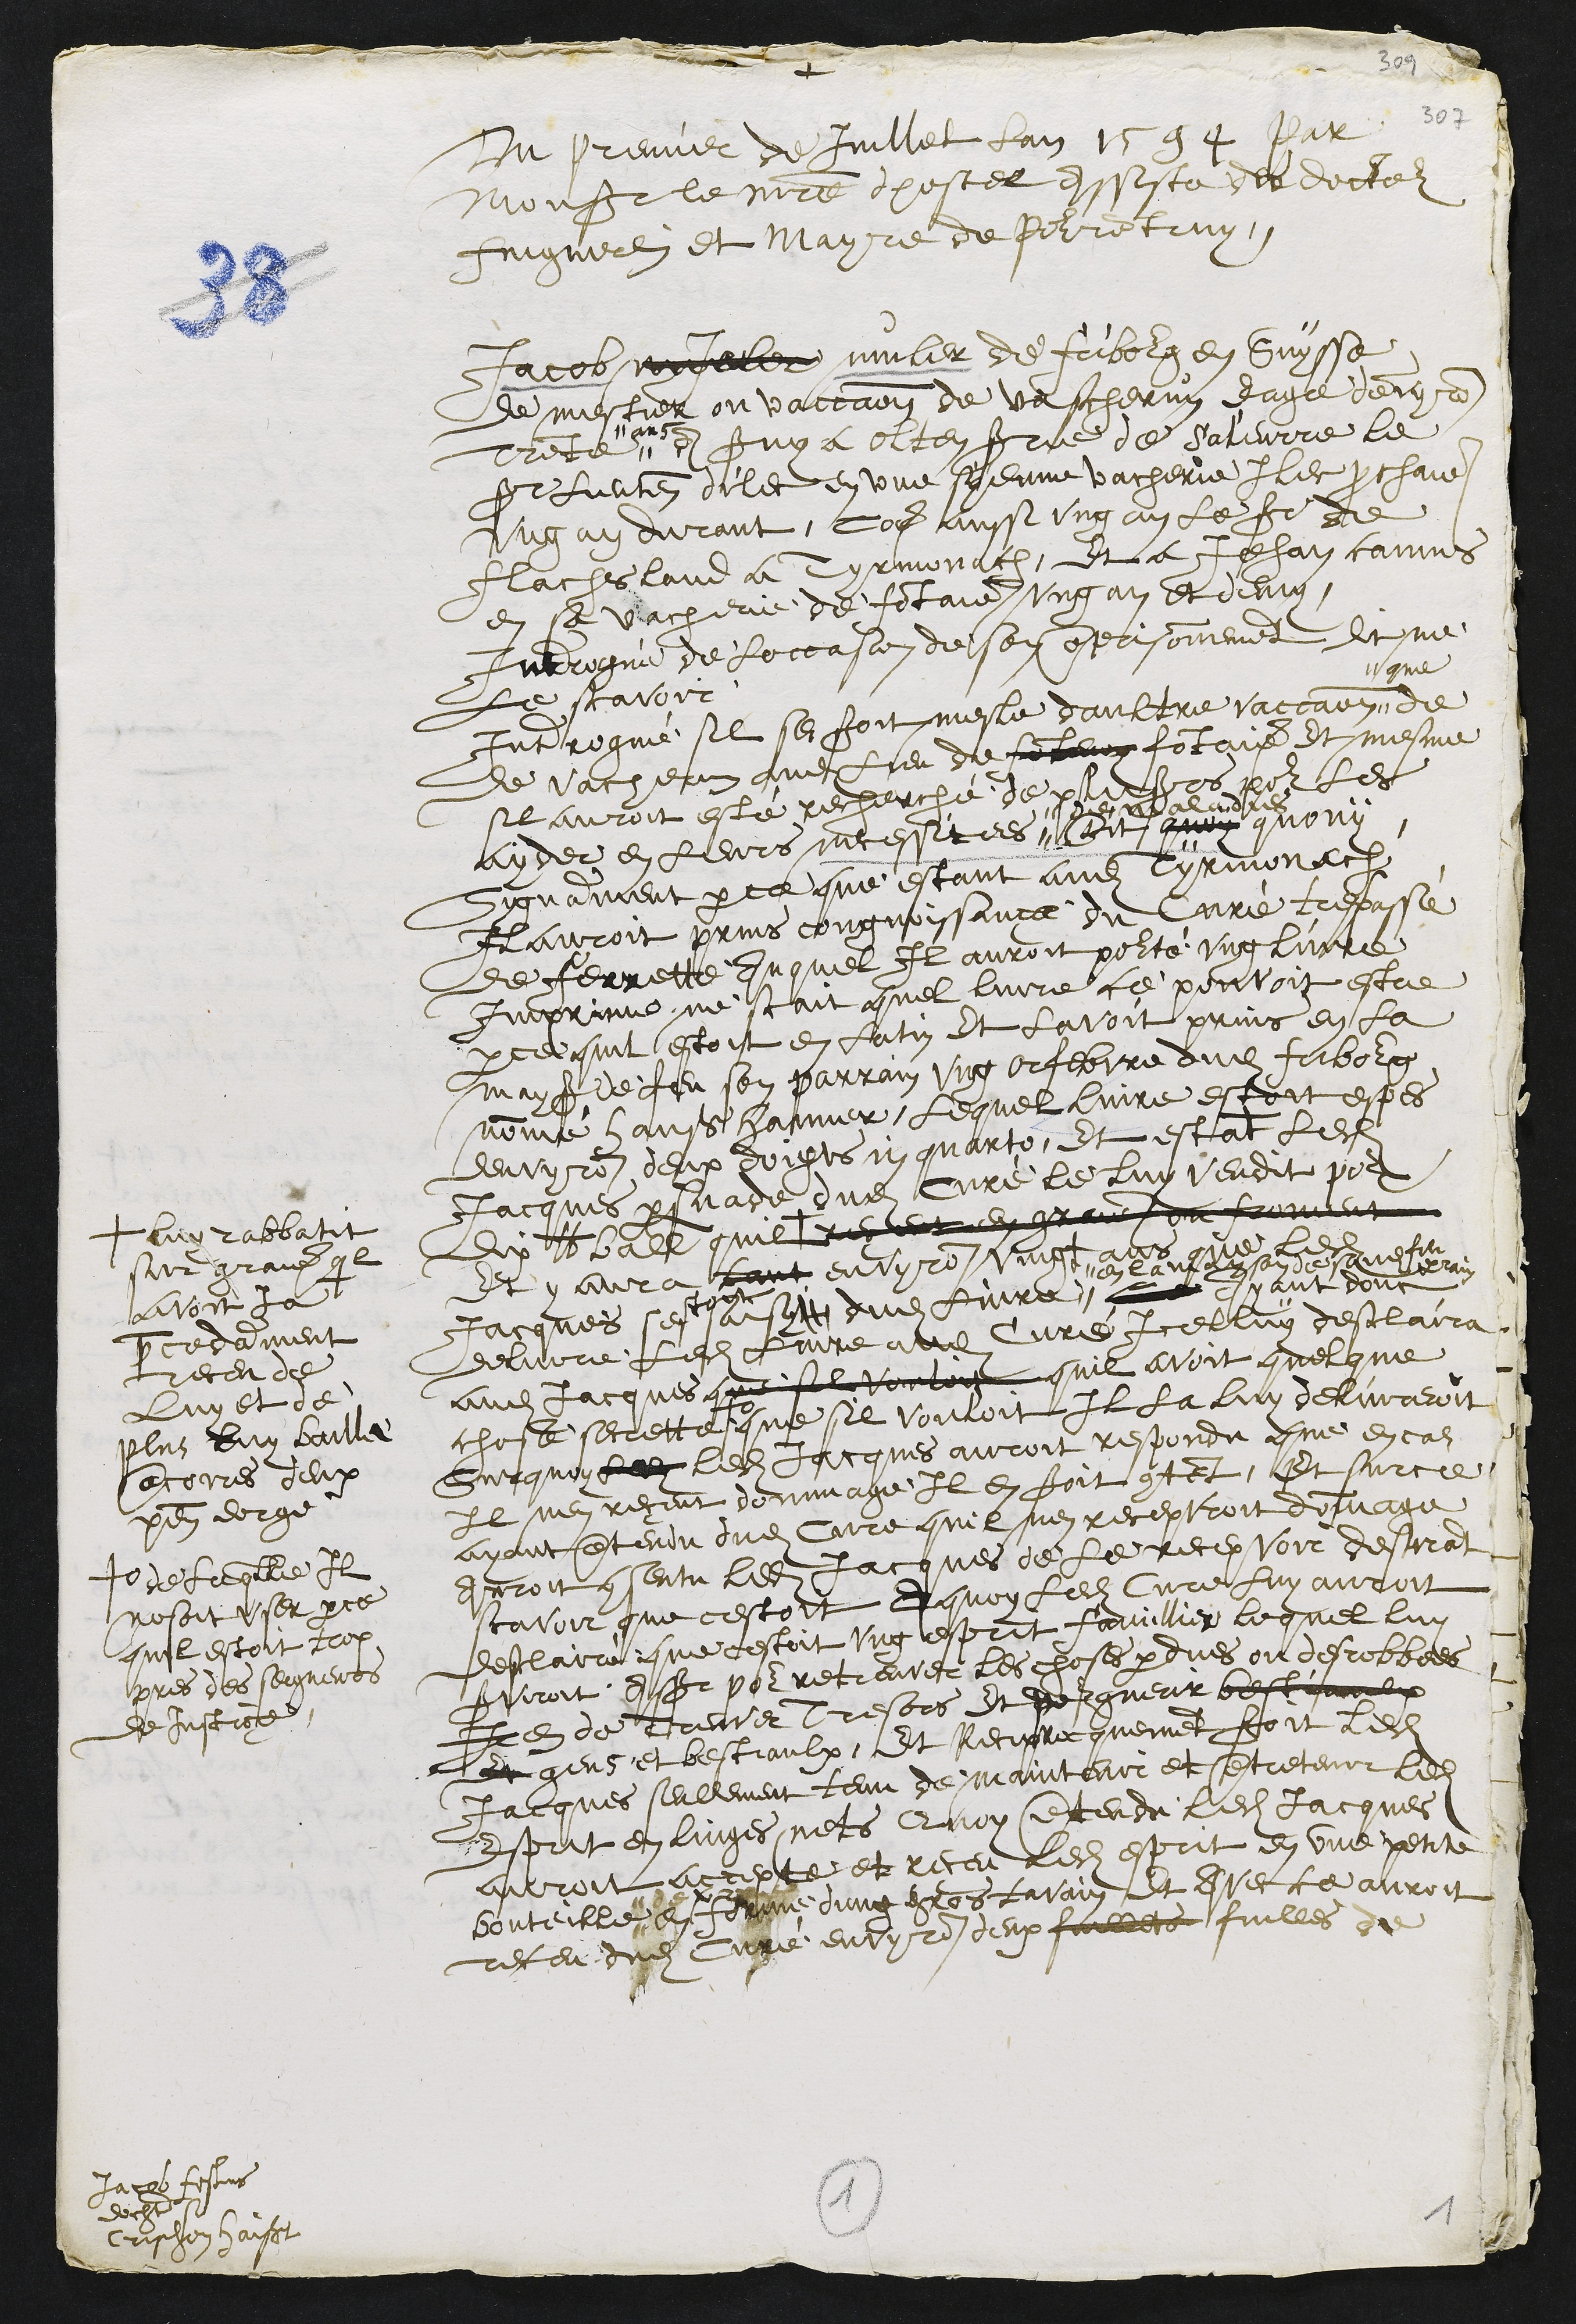
+
Du premier de Juillet lan 1594 par
Monsr le maistre dhostel assiste des docteur
Finguerlin et Mayre de Pourrentruy.
Jacob nyJeler muler de Fribourg en Suysse
de mestier ou vaccaon de vascherun eage denvyron
trente
ans
A servy a Olten srie de Soleurre le
sr lieutenant dilec en une syenne vacherie Ilec prochaine
ung an durant, come aussi ung an le sieur de
Flachsland a Tyrmonach, et a Jehan Camus
en sa vacherie de Fontaine ung an et demy,
Interrogué de Loccasion de son emprisonnement dit ne
le scavoir
Interrogué sil se seroit mesle daultre vaccaon
que
de
de Vacheron audit lieu de Fontenoy Fontaine et mesme
sil auroit esté recherché de plusieurs pour les
ayder en leurs necessitees
de maladies
Dit quoy quouy
Sygnamment parce que estant audit Tyrmonach
Il auroit prins congnoissance du Curé trespassé
de Ferrette Auquel Il auroit pourté ung livre
Imprime ne scait quel livre ce pouvoit estre
parce quil estoit en latin et lavoit prins en la
mays de feu son parrain ung orfebvre dudit fribourg
nommé Hanß Hanner, lequel livre estoit espes
denvyron deux doigts in quarto, Et estant ledit
Jacques persuade dudit Curé le luy vendit pour
dix lb ball quil + receut en grains de froment
+ luy rabbattit
sur graines quil
avoit ja
precedamment
receu de
luy et de
plus luy baillé
ancorres deux
pen dorge
Et y aura tant environ vingt ans que ledit
Jacques sen
estoit
saisy dudit livre,
en la mayson de sondit
feu
parrain
le Ayant donc
delivre ledit livre audit Curé icelluy desclaira
audit Jacques que sil vouloit quil avoit quelque
chose secrette #
# de laquelle Il
nosoit user parce
quil estoit trop
pres des seigneurs
de justice
que sil vouloit Il la luy delivreroit
Surquoy ledit ledit Jacques auroit respondu que en cas
Il nen receut dommage Il en seroit content, Et surce
ayant entendu dudit Cure quil nen recepvroit dommage
Auroit consentu ledit Jacques de le recepvoir desirant
scavoir que cestoit A quoy ledit Cure luy auroit
desclairé que cestoit ung esprit famillier lequel luy
serviroit Assr pour retreuver les choses perdues ou desrobbees
Item de treuver Tresors et pour guerir bestiaulx
et gens et bestiaulx, Et Reciprocquement seroit ledit
Jacques seullement tenu de maintenir et entretenir ledit
Esprit en linges nets Quoy entendu ledit Jacques
auroit accepte et receu ledit esprit en une petite
bouteille
de verre
en forme dung gros tavain et avec ce auroit
receu dudit Curé environ deux fuillets fuilles de
Jacob festus
dochter so
Chrischon haißt
1
1